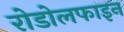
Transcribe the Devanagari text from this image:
रोडोलफाइन